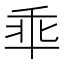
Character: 𫡙